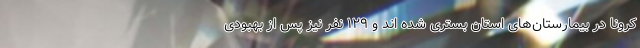
کرونا در بیمارستان‌های استان بستری شده اند و ۱۲۹ نفر نیز پس از بهبودی